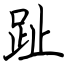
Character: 趾